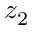
z _ { 2 }